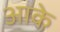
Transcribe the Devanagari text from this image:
अाके